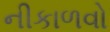
નીકાળવો